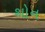
થોન